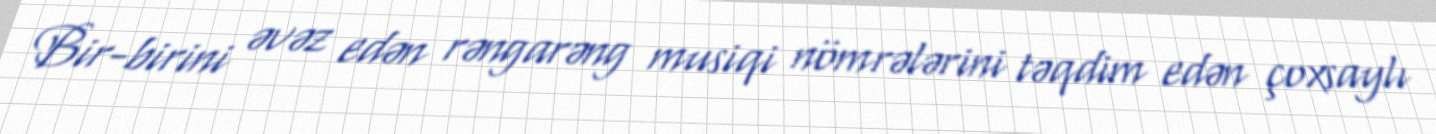
Bir-birini əvəz edən rəngarəng musiqi nömrələrini təqdim edən çoxsaylı